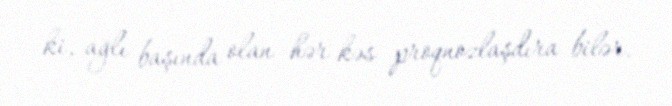
ki, ağlı başında olan hər kəs proqnozlaşdıra bilər.